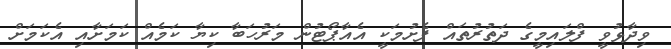
ވިދާޅުވީ ފްލައިމީގެ ދަތުރުތައް ފެށުމަކީ އެއާޕޯޓުން މަރުހަބާ ކިޔާ ކަމެއް ކަމަށާއި އެކަމަށް